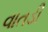
વાતડી